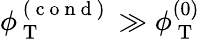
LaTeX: \phi_{\mathrm{~T~}}^{\mathrm{~(~c~o~n~d~)~}}\gg\phi_{\mathrm{~T~}}^{(0)}